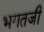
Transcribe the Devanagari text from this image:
भगतजी